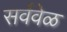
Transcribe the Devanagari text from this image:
सर्ववेळ